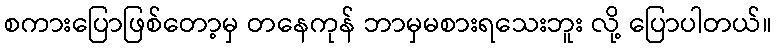
စကားပြောဖြစ်တော့မှ တနေကုန် ဘာမှမစားရသေးဘူး လို့ ပြောပါတယ်။